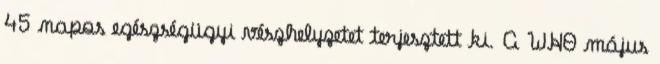
45 napos egészségügyi vészhelyzetet terjesztett ki. A WHO május